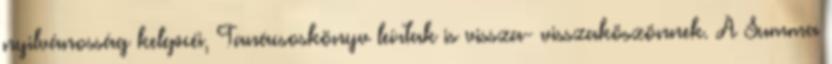
nyilvánosság kelepcéi, Tanácsoskönyv leírtak is vissza- visszaköszönnek. A Summa